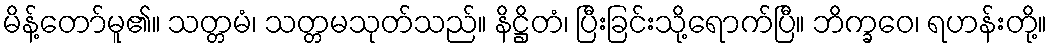
မိန့်တော်မူ၏။ သတ္တမံ၊ သတ္တမသုတ်သည်။ နိဋ္ဌိတံ၊ ပြီးခြင်းသို့ရောက်ပြီ။ ဘိက္ခဝေ၊ ရဟန်းတို့။